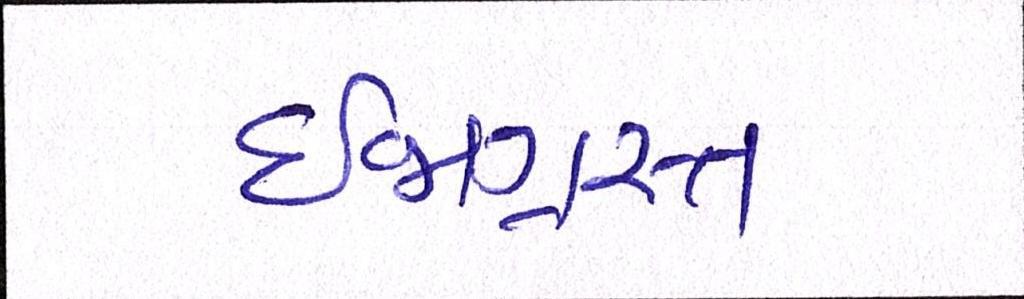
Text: ઈજાગ્રસ્ત